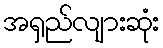
အရှည်လျားဆုံး